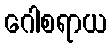
ဂေါစရာယ